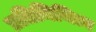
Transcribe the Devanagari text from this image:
प्रतिनिथित्व